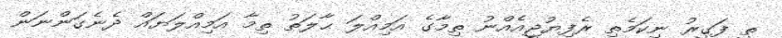
ތީ ފަގީރު ނިކަމެތި ރެފިޔުޖީއެއްނު ތިމާގެ އަމިއްލަ ޙާލަތު ތިމާ އަމިއްލަޔައް ދެނެގަންނަން